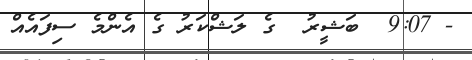
- 9:07  ބަޝީރު  ގެ ލަޝްކަރު ގެ އެންމެ ސިފައެއް